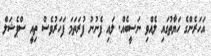
އަހަރެންގެ ހަޔާތުގައި ލެއްވި ނަސީބެއް. ލައި ފެނުނު ފުރަތަމަ ފަހަރުވެސް ތިއީ ސްޕެޝަލް